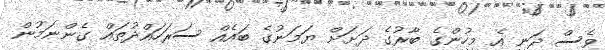
ވެސް ދަނީ އެ މީހުންގެ ބާރުގެ ދަށަށް ޔަމަނުގެ ބައެއް ސަރަހައްދުތައް ގެންނަމުން